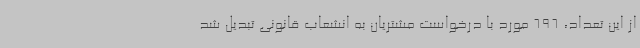
از این تعداد، 696 مورد با درخواست مشتریان به انشعاب قانونی تبدیل شد